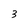
Character: 3